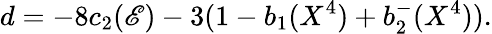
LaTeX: d=-8c_{2}(\mathscr{E})-3(1-b_{1}(X^{4})+b_{2}^{-}(X^{4})).